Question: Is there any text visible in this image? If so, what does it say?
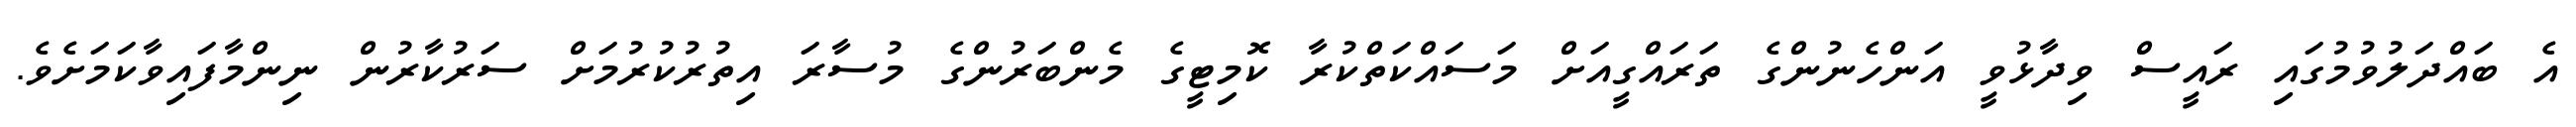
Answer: އެ ބައްދަލުވުމުގައި ރައީސް ވިދާޅުވީ އަންހެނުންގެ ތަރައްގީއަށް މަސައްކަތްކުރާ ކޮމިޓީގެ މެންބަރުންގެ މުސާރަ އިތުރުކުރުމަށް ސަރުކާރުން ނިންމާފައިވާކަމަށެވެ.